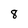
Character: 8